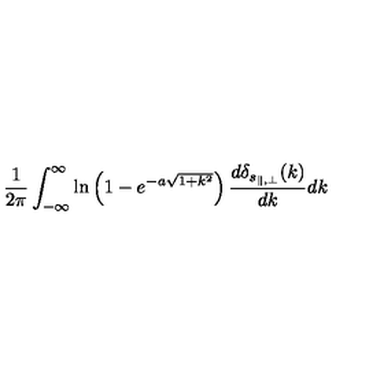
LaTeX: \frac { 1 } { 2 \pi } \int _ { - \infty } ^ { \infty } \ln \left( 1 - e ^ { - a \sqrt { 1 + k ^ { 2 } } } \right) \frac { d \delta _ { s _ { \parallel , \perp } } ( k ) } { d k } d k